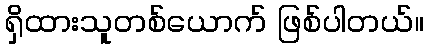
ရှိထားသူတစ်ယောက် ဖြစ်ပါတယ်။